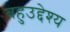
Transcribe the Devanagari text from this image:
बहुउद्देश्य